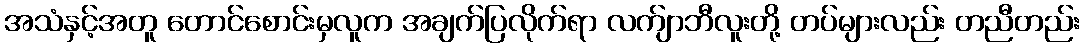
အသံနှင့်အတူ တောင်စောင်းမှလူက အချက်ပြလိုက်ရာ လက်ျာဘီလူးတို့ တပ်များလည်း တညီတည်း